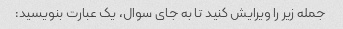
جمله زیر را ویرایش کنید تا به جای سوال، یک عبارت بنویسید: